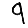
Digit: 9